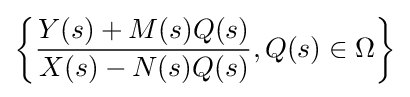
\left\{{\frac {Y(s)+M(s)Q(s)}{X(s)-N(s)Q(s)}},Q(s)\in \Omega \right\}